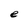
Character: e